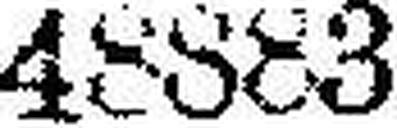
48883